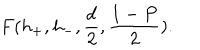
LaTeX: F ( h _ { + } , h _ { - } , \frac { d } { 2 } , \frac { 1 - P } { 2 } ) .